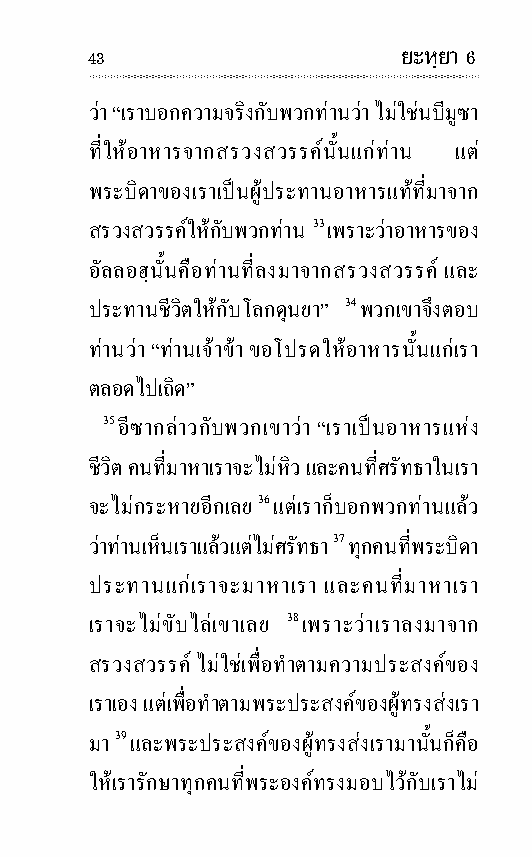
43                   ยะหฺยา 6
 วา “เราบอกความจริงกับพวกทานวา ไม ใชนบีมู ซา
 ที่ใหอาหารจากสรวง สวรรคนั้นแกทาน แต
 พระบิดาของเราเปนผูประ ทานอาหารแทที่มาจาก
 สรวง สวรรคใหกับพวกทาน 33 เพราะ วาอาหารของ
 อัล ลอฮฺนั้นคือทานที่ลงมาจากสรวง สวรรค และ
 ประ ทานชีวิตใหกับโลกดุนยา” 34 พวกเขาจึงตอบ
 ทานวา “ทานเจา ขา ขอโปรดใหอาหารนั้นแกเรา
 ตลอดไปเถิด”
 35 อีซากลาวกับพวกเขาวา “เราเปนอาหารแหง
 ชีวิต คนที่มาหาเราจะไมหิว และคนที่ศรัท ธาในเรา
 จะไมกระ หายอีกเลย 36 แตเราก็บอกพวกทานแลว
 วาทานเห็นเราแลวแตไมศรัท ธา 37 ทุกคนที่พระ บิดา
 ประ ทานแกเราจะมาหาเรา และคนที่มาหาเรา
 เราจะไมขับ ไลเขาเลย 38 เพราะวาเราลงมาจาก
 สรวงสวรรค ไมใชเพื่อทําตามความประสงคของ
 เราเอง แตเพื่อทําตามพระ ประ สงคของผูทรงสงเรา
 มา 39 และพระ ประ สงคของผูทรงสงเรามานั้นก็คือ
 ใหเรารัก ษาทุก คนที่พระ องคทรงมอบไวกับเราไม